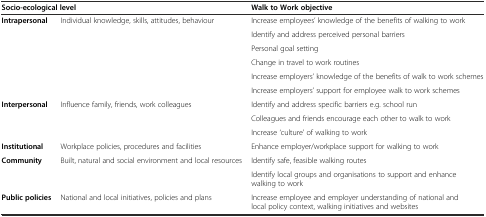
| <COLSPAN=2> Socio-ecological level | Walk to Work objective |
 | --- | --- | --- |
 | <ROWSPAN=6> Intrapersonal | <ROWSPAN=6> Individual knowledge, skills, attitudes, behaviour | Increase employees’ knowledge of the benefits of walking to work |
 | Identify and address perceived personal barriers |
 | Personal goal setting |
 | Change in travel to work routines |
 | Increase employers’ knowledge of the benefits of walk to work schemes |
 | Increase employers’ support for employee walk to work schemes |
 | <ROWSPAN=3> Interpersonal | <ROWSPAN=3> Influence family, friends, work colleagues | Identify and address specific barriers e.g. school run |
 | Colleagues and friends encourage each other to walk to work |
 | Increase ‘culture’ of walking to work |
 | Institutional | Workplace policies, procedures and facilities | Enhance employer/workplace support for walking to work |
 | <ROWSPAN=2> Community | <ROWSPAN=2> Built, natural and social environment and local resources | Identify safe, feasible walking routes |
 | Identify local groups and organisations to support and enhance walking to work |
 | Public policies | National and local initiatives, policies and plans | Increase employee and employer understanding of national and local policy context, walking initiatives and websites |